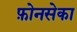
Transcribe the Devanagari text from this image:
फ़ोनसेका